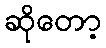
ဆိုတော့